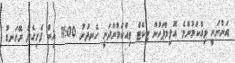
އަންނަނީ ވިއްކަމުންވެ. އޮލިމްޕަހުން ޓިކެޓް ވިއްކަމުންދަނީ ހެނދުނު 11:00 އިން ފެށިގެން ރޭގަނޑު